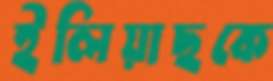
ইলিয়াছকে